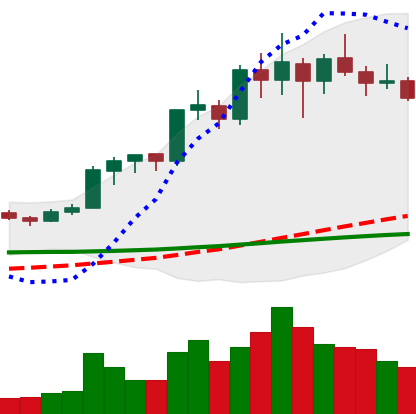
Ticker: LINK-USD
Chart end date: 2020-02-22
Forward return: -3.762%
Label: down_3_5